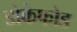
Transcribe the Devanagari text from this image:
डोकेफोड